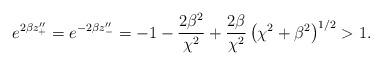
LaTeX: \begin{align*}e^{2\beta z''_{+}}=e^{-2\beta z''_{-}}= -1 - \frac{2\beta^2}{\chi^2} + \frac{2\beta}{\chi^2} \left(\chi^2+\beta^2\right)^{1/2} > 1.\end{align*}